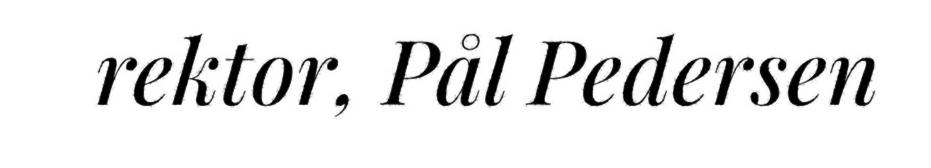
rektor, Pål Pedersen